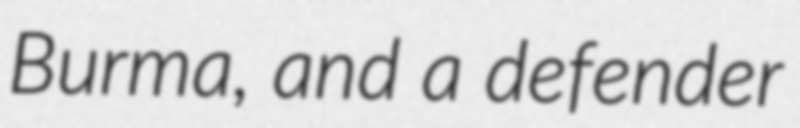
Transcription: Burma, and a defender